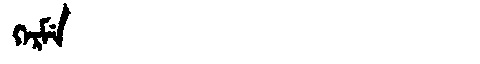
Manchu: ᡴᡝᡵᠮᡝ
Romanization: KERME